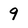
Character: 9